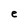
Character: e